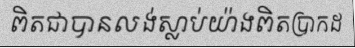
ពិតជាបានលង់ស្លាប់យ៉ាងពិតប្រាកដ